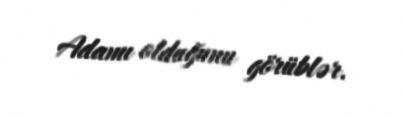
Adamı olduğunu görüblər.